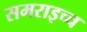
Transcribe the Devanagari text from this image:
समराइच्च